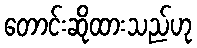
တောင်းဆိုထားသည်ဟု